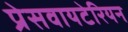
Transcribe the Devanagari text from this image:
प्रेसवायटेरियन